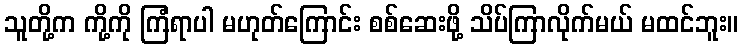
သူတို့က ကို့ကို ကြံရာပါ မဟုတ်ကြောင်း စစ်ဆေးဖို့ သိပ်ကြာလိုက်မယ် မထင်ဘူး။